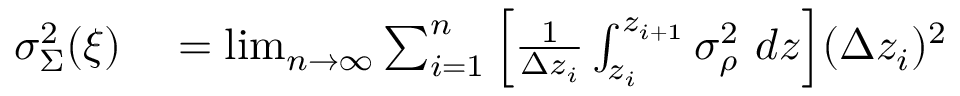
\begin{array} { r l } { \sigma _ { \Sigma } ^ { 2 } ( \boldsymbol { \xi } ) } & { { } = \operatorname* { l i m } _ { n \to \infty } \sum _ { i = 1 } ^ { n } \Big [ \frac { 1 } { \Delta z _ { i } } \int _ { z _ { i } } ^ { z _ { i + 1 } } \sigma _ { \rho } ^ { 2 } \ d z \Big ] ( \Delta z _ { i } ) ^ { 2 } } \end{array}